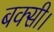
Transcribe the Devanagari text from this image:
बक्सी।